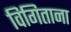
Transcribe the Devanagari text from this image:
विगिताना